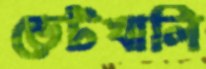
ভেটখালি